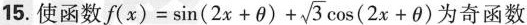
15.使函数 $$f(x)= \sin(2x+ \theta)+ \sqrt{3}\cos(2x+ \theta)$$ 为奇函数